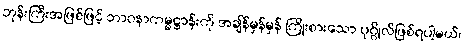
ဘုန်းကြီးအဖြစ်ဖြင့် ဘာဝနာကမ္မဋ္ဌာန်းကို အချိန်မှန်မှန် ကြိုးစားသော ပုဂ္ဂိုလ်ဖြစ်ရပါ့မယ်၊